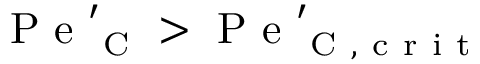
\mathrm { ~ P ~ e ~ } _ { \mathrm { ~ C ~ } } ^ { \prime } > \mathrm { ~ P ~ e ~ } _ { \mathrm { ~ C ~ , ~ c ~ r ~ i ~ t ~ } } ^ { \prime }